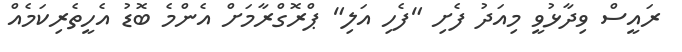
ރައީސް ވިދާޅުވީ މިއަދު ފެށި "ފެހި އަލި" ޕްރޮގްރާމަށް އެންމެ ބޮޑު އެހީތެރިކަމެއް